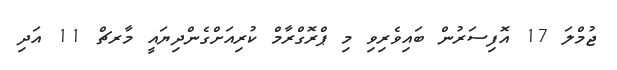
ޖުމްލަ 17 އޮފިސަރުން ބައިވެރިވި މި ޕްރޮގްރާމް ކުރިއަށްގެންދިޔައީ މާރޗް 11 އަދި